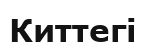
Киттегі